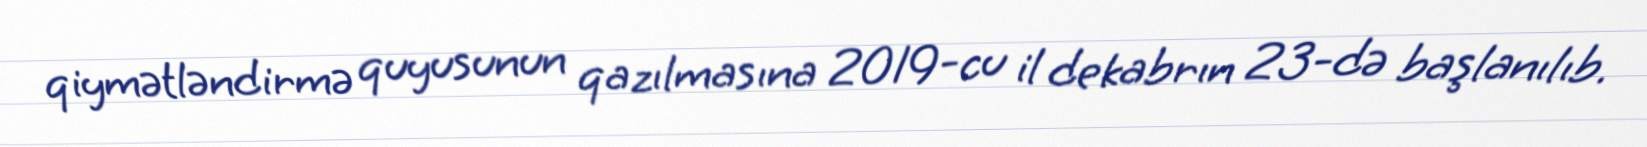
qiymətləndirmə quyusunun qazılmasına 2019-cu il dekabrın 23-də başlanılıb.